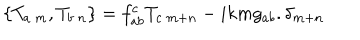
\left\{ T _ { a \ m } , T _ { b \ n } \right\} = f _ { a b } ^ { c } T _ { c \ m + n } - i k m g _ { a b } . \delta _ { m + n }